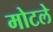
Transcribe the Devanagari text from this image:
मोटले